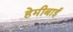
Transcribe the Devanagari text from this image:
हेमीबाई